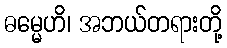
ဓမ္မေဟိ၊ အဘယ်တရားတို့